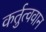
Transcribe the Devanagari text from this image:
कर्तुत्ववान